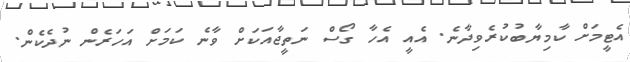
އެޓީމަށް ކާމިޔާބުކުރެވިދާނެ. އެއީ އެހާ ގޯސް ނަތީޖާއަކަށް ވާނެ ކަމަށް އަހަރެން ނުދެކެން.